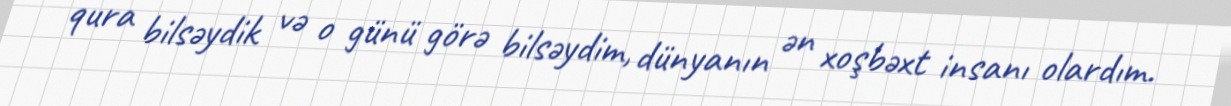
qura bilsəydik və o günü görə bilsəydim, dünyanın ən xoşbəxt insanı olardım.